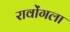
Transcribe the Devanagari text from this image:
रावोंगला